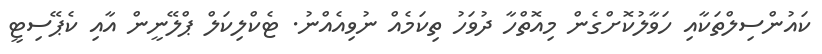
ކައުންސިލްތަކާއި ހަވާލުކޮށްގެން މިއޮތްހާ ދުވަހު ތިކަމެއް ނުވިއެއްނު. ޓެކްލިކަލް ޕްލޭނީން އާއި ކެޕޭސިޓީ